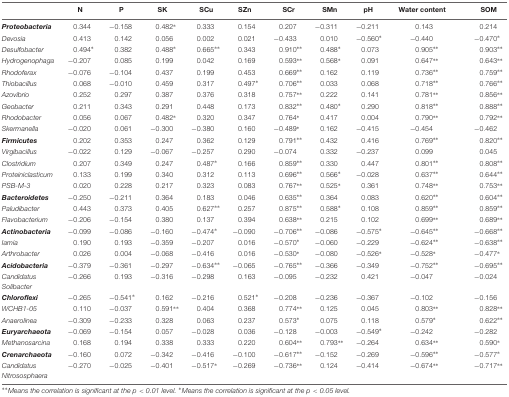
<table><thead><tr><td></td><td><b>N</b></td><td><b>P</b></td><td><b>SK</b></td><td><b>SCu</b></td><td><b>SZn</b></td><td><b>SCr</b></td><td><b>SMn</b></td><td><b>pH</b></td><td><b>Water content</b></td><td><b>SOM</b></td></tr></thead><tbody><tr><td><b><i>Proteobacteria</i></b></td><td>0.344</td><td>-0.158</td><td>0.482*</td><td>0.333</td><td>0.154</td><td>0.207</td><td>-0.311</td><td>-0.211</td><td>0.143</td><td>0.214</td></tr><tr><td><i>Devosia</i></td><td>0.413</td><td>0.142</td><td>0.056</td><td>0.002</td><td>0.021</td><td>-0.433</td><td>0.010</td><td>-0.560*</td><td>-0.440</td><td>-0.470*</td></tr><tr><td><i>Desulfobacter</i></td><td>0.494*</td><td>0.382</td><td>0.488*</td><td>0.665**</td><td>0.343</td><td>0.910**</td><td>0.488*</td><td>0.073</td><td>0.905**</td><td>0.903**</td></tr><tr><td><i>Hydrogenophaga</i></td><td>-0.207</td><td>0.085</td><td>0.199</td><td>0.042</td><td>0.169</td><td>0.593**</td><td>0.568*</td><td>0.091</td><td>0.647**</td><td>0.643**</td></tr><tr><td><i>Rhodoferax</i></td><td>-0.076</td><td>-0.104</td><td>0.437</td><td>0.199</td><td>0.453</td><td>0.669**</td><td>0.162</td><td>0.119</td><td>0.736**</td><td>0.759**</td></tr><tr><td><i>Thiobacillus</i></td><td>0.068</td><td>-0.010</td><td>0.459</td><td>0.317</td><td>0.497*</td><td>0.706**</td><td>0.033</td><td>0.068</td><td>0.718**</td><td>0.766**</td></tr><tr><td><i>Azovibrio</i></td><td>0.252</td><td>0.297</td><td>0.387</td><td>0.376</td><td>0.318</td><td>0.757**</td><td>0.222</td><td>0.141</td><td>0.781**</td><td>0.856**</td></tr><tr><td><i>Geobacter</i></td><td>0.211</td><td>0.343</td><td>0.291</td><td>0.448</td><td>0.173</td><td>0.832**</td><td>0.480*</td><td>0.290</td><td>0.818**</td><td>0.888**</td></tr><tr><td><i>Rhodobacter</i></td><td>0.056</td><td>0.067</td><td>0.482*</td><td>0.320</td><td>0.347</td><td>0.764*</td><td>0.417</td><td>0.004</td><td>0.790**</td><td>0.792**</td></tr><tr><td><i>Skermanella</i></td><td>-0.020</td><td>0.061</td><td>-0.300</td><td>-0.380</td><td>0.160</td><td>-0.489*</td><td>0.162</td><td>-0.415</td><td>-0.454</td><td>-0.462</td></tr><tr><td><b><i>Firmicutes</i></b></td><td>0.202</td><td>0.353</td><td>0.247</td><td>0.362</td><td>0.129</td><td>0.791**</td><td>0.432</td><td>0.416</td><td>0.769**</td><td>0.820**</td></tr><tr><td><i>Virgibacillus</i></td><td>-0.022</td><td>0.129</td><td>-0.067</td><td>-0.257</td><td>0.290</td><td>-0.074</td><td>0.332</td><td>-0.237</td><td>0.099</td><td>0.045</td></tr><tr><td><i>Clostridium</i></td><td>0.207</td><td>0.349</td><td>0.247</td><td>0.487*</td><td>0.166</td><td>0.859**</td><td>0.330</td><td>0.447</td><td>0.801**</td><td>0.808**</td></tr><tr><td><i>Proteiniclasticum</i></td><td>0.133</td><td>0.199</td><td>0.340</td><td>0.312</td><td>0.113</td><td>0.696**</td><td>0.566*</td><td>-0.028</td><td>0.637**</td><td>0.644**</td></tr><tr><td><i>PSB-M-3</i></td><td>0.020</td><td>0.228</td><td>0.217</td><td>0.323</td><td>0.083</td><td>0.767**</td><td>0.525*</td><td>0.361</td><td>0.748**</td><td>0.753**</td></tr><tr><td><b><i>Bacteroidetes</i></b></td><td>-0.250</td><td>-0.211</td><td>0.364</td><td>0.183</td><td>0.046</td><td>0.635**</td><td>0.364</td><td>0.083</td><td>0.620**</td><td>0.604**</td></tr><tr><td><i>Paludibacter</i></td><td>0.443</td><td>0.373</td><td>0.405</td><td>0.627**</td><td>0.257</td><td>0.875**</td><td>0.588*</td><td>0.108</td><td>0.859**</td><td>0.859**</td></tr><tr><td><i>Flavobacterium</i></td><td>-0.206</td><td>-0.154</td><td>0.380</td><td>0.137</td><td>0.394</td><td>0.638**</td><td>0.215</td><td>0.102</td><td>0.699**</td><td>0.689**</td></tr><tr><td><b><i>Actinobacteria</i></b></td><td>-0.099</td><td>-0.086</td><td>-0.160</td><td>-0.474*</td><td>-0.090</td><td>-0.706**</td><td>-0.086</td><td>-0.575*</td><td>-0.645**</td><td>-0.668**</td></tr><tr><td><i>Iamia</i></td><td>0.190</td><td>0.193</td><td>-0.359</td><td>-0.207</td><td>0.016</td><td>-0.570*</td><td>-0.060</td><td>-0.229</td><td>-0.624**</td><td>-0.638**</td></tr><tr><td><i>Arthrobacter</i></td><td>0.026</td><td>0.004</td><td>-0.068</td><td>-0.416</td><td>0.016</td><td>-0.530*</td><td>-0.080</td><td>-0.526*</td><td>-0.528*</td><td>-0.477*</td></tr><tr><td><b><i>Acidobacteria</i></b></td><td>-0.379</td><td>-0.361</td><td>-0.297</td><td>-0.634**</td><td>-0.065</td><td>-0.765**</td><td>-0.366</td><td>-0.349</td><td>-0.752**</td><td>-0.695**</td></tr><tr><td><i>Candidatus Solibacter</i></td><td>-0.266</td><td>0.193</td><td>-0.316</td><td>-0.298</td><td>0.163</td><td>-0.095</td><td>-0.232</td><td>0.421</td><td>-0.047</td><td>-0.024</td></tr><tr><td><b><i>Chloroflexi</i></b></td><td>-0.265</td><td>-0.541*</td><td>0.162</td><td>-0.216</td><td>0.521*</td><td>-0.208</td><td>-0.236</td><td>-0.367</td><td>-0.102</td><td>-0.156</td></tr><tr><td><i>WCHB1-05</i></td><td>0.110</td><td>-0.037</td><td>0.591**</td><td>0.404</td><td>0.368</td><td>0.774**</td><td>0.125</td><td>0.045</td><td>0.803**</td><td>0.828**</td></tr><tr><td><i>Anaerolinea</i></td><td>-0.309</td><td>-0.233</td><td>0.328</td><td>0.063</td><td>0.237</td><td>0.573*</td><td>0.075</td><td>0.118</td><td>0.579*</td><td>0.622**</td></tr><tr><td><b><i>Euryarchaeota</i></b></td><td>-0.069</td><td>-0.154</td><td>0.057</td><td>-0.028</td><td>0.036</td><td>-0.128</td><td>-0.003</td><td>-0.549*</td><td>-0.242</td><td>-0.282</td></tr><tr><td><i>Methanosarcina</i></td><td>0.168</td><td>0.194</td><td>0.338</td><td>0.333</td><td>0.220</td><td>0.604**</td><td>0.793**</td><td>-0.264</td><td>0.634**</td><td>0.590*</td></tr><tr><td><b><i>Crenarchaeota</i></b></td><td>-0.160</td><td>0.072</td><td>-0.342</td><td>-0.416</td><td>-0.100</td><td>-0.617**</td><td>-0.152</td><td>-0.269</td><td>-0.596**</td><td>-0.577*</td></tr><tr><td><i>Candidatus Nitrososphaera</i></td><td>-0.270</td><td>-0.025</td><td>-0.401</td><td>-0.517*</td><td>-0.269</td><td>-0.736**</td><td>0.124</td><td>-0.414</td><td>-0.674**</td><td>-0.717**</td></tr></tbody></table>